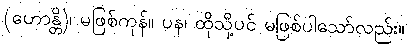
(ဟောန္တိ)၊ မဖြစ်ကုန်။ ပန၊ ထိုသို့ပင် မဖြစ်ပါသော်လည်း။